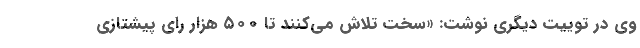
وی در توییت دیگری نوشت: «سخت تلاش می‌کنند تا ۵۰۰ هزار رای پیشتازی